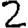
Digit: 2